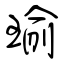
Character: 瑜